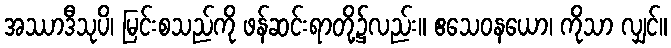
အဿာဒီသုပိ၊ မြင်းစသည်ကို ဖန်ဆင်းရာတို့၌လည်း။ ဧသေဝနယော၊ ကိုသာ လျှင်။